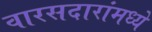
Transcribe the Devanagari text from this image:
वारसदारांमध्ये